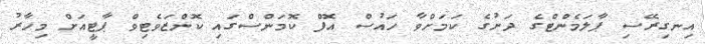
އިނގިރޭސި ޕާލަމެންޓްގެ ދަށުގެ ކަމަށްވާ ހައުސް އޮފް ކޮމަންސްގައި ކޮންޒަވެޓިވް ޕާޓީއަށް މިހާރު